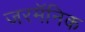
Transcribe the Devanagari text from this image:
जरमॅनिक